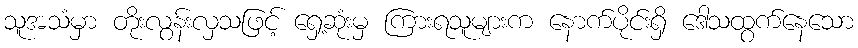
သူအသံမှာ တိုးလွန်းလှသဖြင့် ရှေ့ဆုံးမှ ကြားရသူများက နောက်ပိုင်းရှိ ဒေါသထွက်နေသော